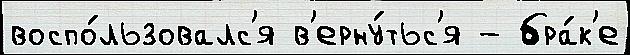
воспо́льзовалс'я в'ерну́тьс'я - бра́к'е